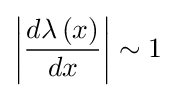
\left|{\frac {d\lambda \left(x\right)}{dx}}\right|\sim 1